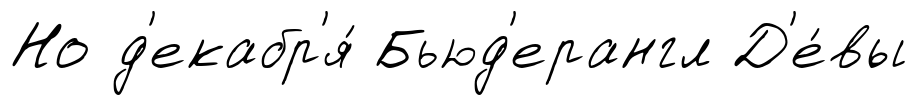
Но д'екабр'я́ Бьюд'ерангл Д'е́вы